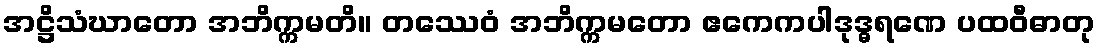
အဋ္ဌိသံဃာတော အဘိက္ကမတိ။ တဿေဝံ အဘိက္ကမတော ဧကေကပါဒုဒ္ဓရဏေ ပထဝီဓာတု